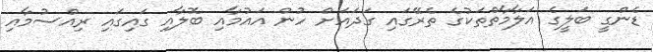
ޑެންގީ ބަލީގެ އަލާމާތްތަކުގެ ތެރޭގައި ގަދައަށް ހުން އައުމާއި ބޮލާއި ގައިގައި ރިއްސުމާއި